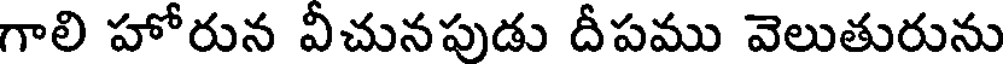
గాలి హోరున వీచునపుడు దీపము వెలుతురును